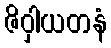
ဇိဝှါယတနံ